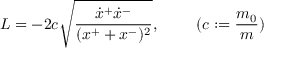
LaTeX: L = - 2 c \sqrt { \frac { \dot { x } ^ { + } \dot { x } ^ { - } } { ( x ^ { + } + x ^ { - } ) ^ { 2 } } } , ~ ~ ~ ~ ~ ~ ~ ( c : = \frac { m _ { 0 } } { m } )